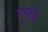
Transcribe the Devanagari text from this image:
गुफी